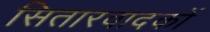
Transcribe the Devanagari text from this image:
सितारवादकों